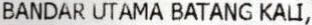
BANDAR UTAMA BATANG KALI,